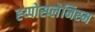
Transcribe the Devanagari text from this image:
ह्य्पोस्प्लेनिस्म